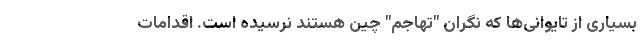
بسیاری از تایوانی‌ها که نگران "تهاجم" چین هستند نرسیده است. اقدامات